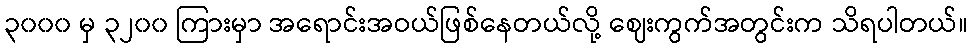
၃၀၀၀ မှ ၃၂၀၀ ကြားမှာ အရောင်းအဝယ်ဖြစ်နေတယ်လို့ ဈေးကွက်အတွင်းက သိရပါတယ်။